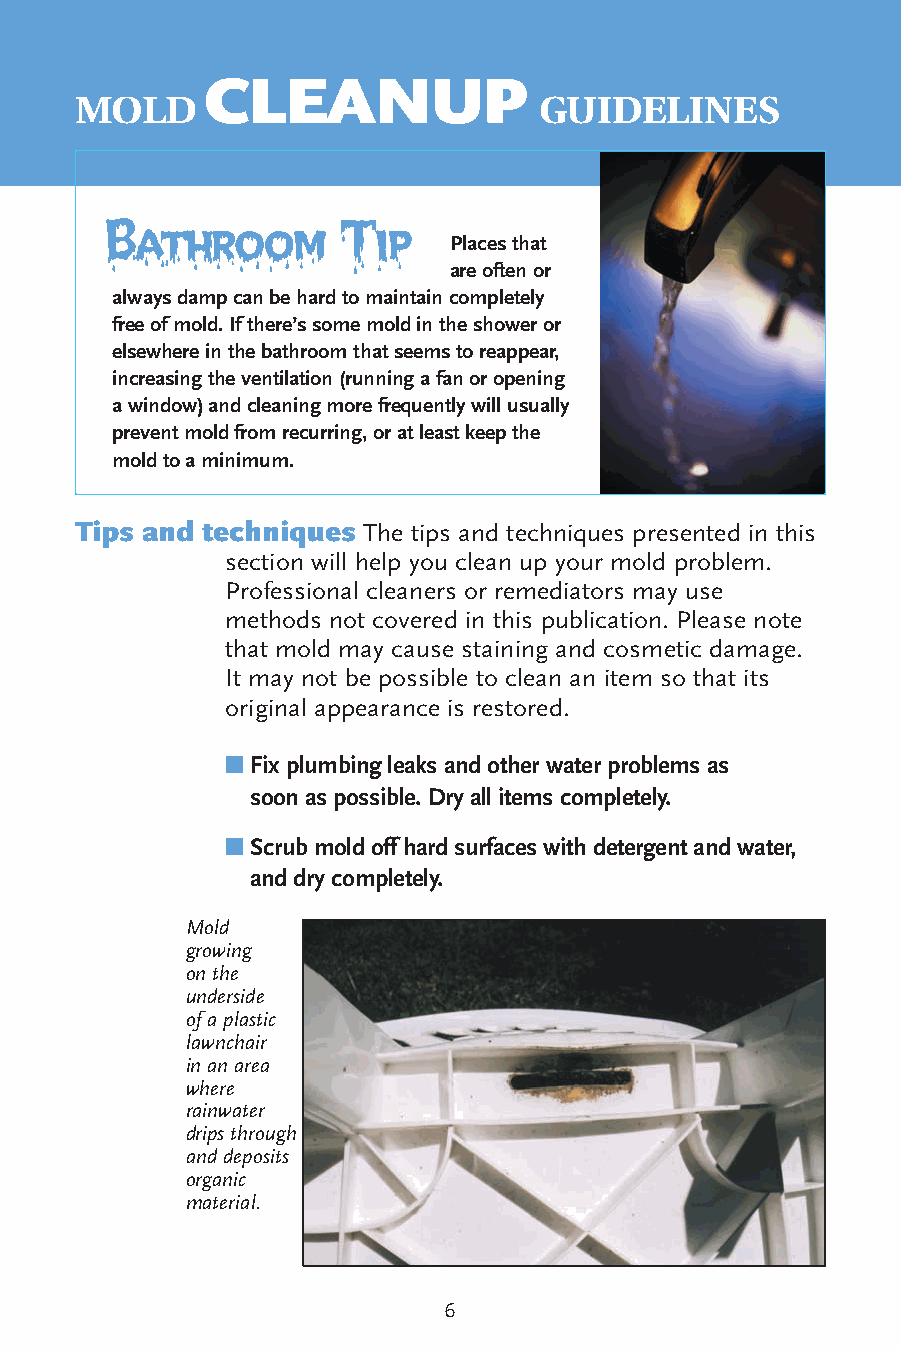
CLEANUP
 MOLD                           GUIDELINES
 Bathroom       Tip
 Places that
 are often or
 always damp can be hard to maintain completely
 free of mold. If there’s some mold in the shower or
 elsewhere in the bathroom that seems to reappear,
 increasing the ventilation (running a fan or opening
 a window) and cleaning more frequently will usually
 prevent mold from recurring, or at least keep the
 mold to a minimum.
 Tips and techniques The tips and techniques presented in this
 section will help you clean up your mold problem.
 Professional cleaners or remediators may use
 methods not covered in this publication. Please note
 that mold may cause staining and cosmetic damage.
 It may not be possible to clean an item so that its
 original appearance is restored.
 ■ Fix plumbing leaks and other water problems as
 soon as possible. Dry all items completely.
 ■ Scrub mold off hard surfaces with detergent and water,
 and dry completely.
 Mold
 growing
 on the
 underside
 of a plastic
 lawnchair
 in an area
 where
 rainwater
 drips through
 and deposits
 organic
 material.
 6